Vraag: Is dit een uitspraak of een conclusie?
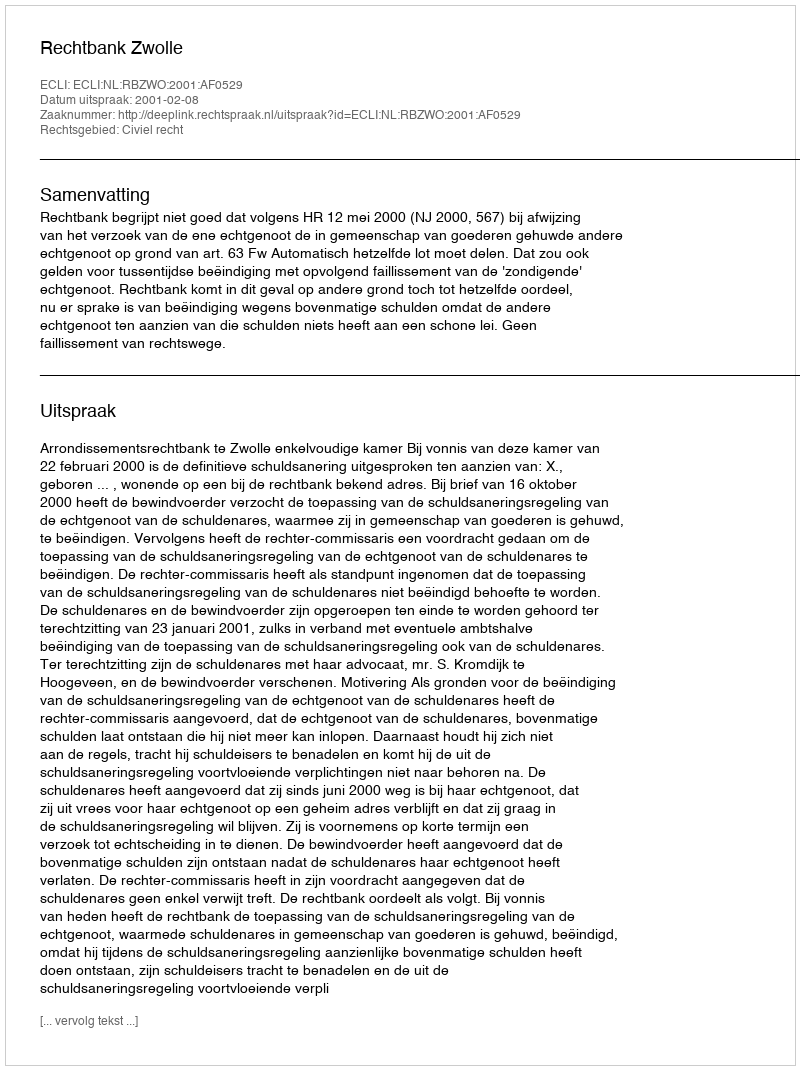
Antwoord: Uitspraak